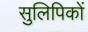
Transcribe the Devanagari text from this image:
सुलिपिकों